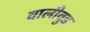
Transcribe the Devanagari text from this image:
वालीवुड